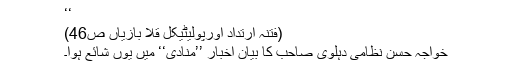
‘‘
(فتنۂ ارتداد اورپولیٹیکل قلا بازیاں ص46)
خواجہ حسن نظامی دہلوی صاحب کا بیان اخبار ’’منادی‘‘ میں یوں شائع ہوا۔